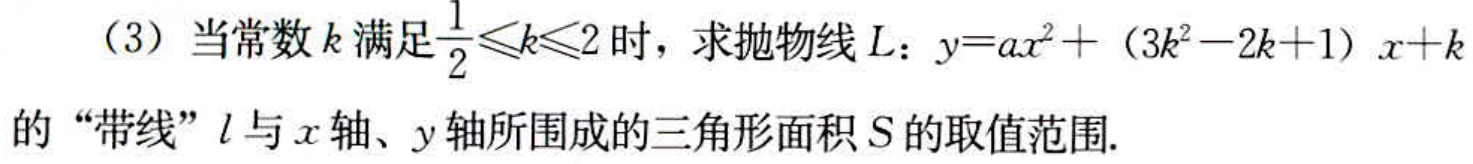
（3）当常数\(k\)满足\(\frac{1}{2}\leqslant k\leqslant 2\)时，求抛物线\(L\)：\(y = ax^{2}+(3k^{2}-2k + 1)x + k\)的“带线”\(l\)与\(x\)轴、\(y\)轴所围成的三角形面积\(S\)的取值范围.